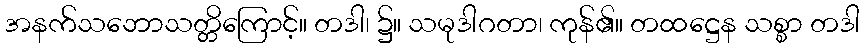
အနက်သဘောသတ္တိကြောင့်။ တဒါ၊ ၌။ သမုဒါဂတာ၊ ကုန်၏။ တထဋ္ဌေန သစ္စာ တဒါ